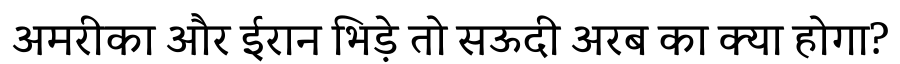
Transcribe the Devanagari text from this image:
अमरीका और ईरान भिड़े तो सऊदी अरब का क्या होगा?